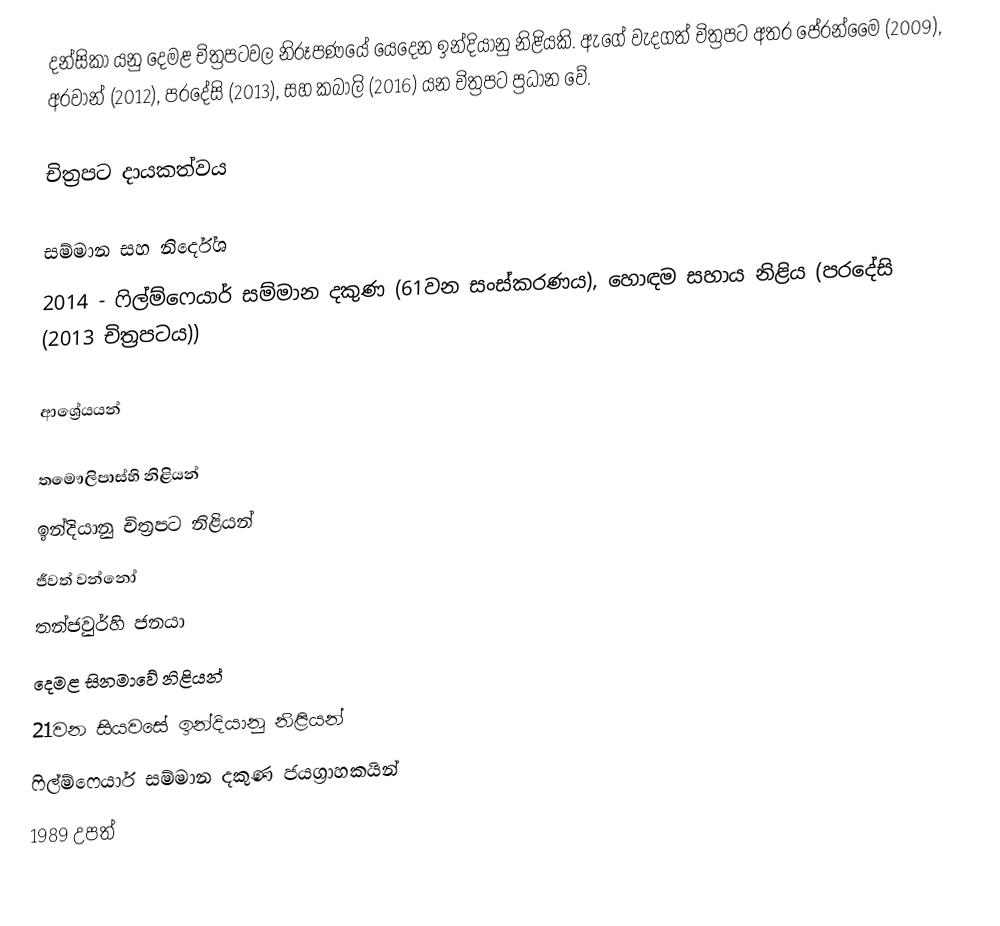
දන්සිකා යනු දෙමළ චිත්‍රපටවල නිරූපණයේ යෙදෙන ඉන්දියානු නිළියකි. ඇගේ වැදගත් චිත්‍රපට අතර පේරන්මෛ (2009), අරවාන් (2012), පරදේසි (2013), සහ කබාලි (2016) යන චිත්‍රපට ප්‍රධාන වේ.

චිත්‍රපට දායකත්වය

සම්මාන සහ නිර්දේශ
2014 - ෆිල්ම්ෆෙයාර් සම්මාන දකුණ (61වන සංස්කරණය), හොඳම සහාය නිළිය (පරදේසි (2013 චිත්‍රපටය))

ආශ්‍රේයයන්

තමෞලිපාස්හි නිළියන්
ඉන්දියානු චිත්‍රපට නිළියන්
ජීවත් වන්නෝ
තන්ජවුර්හි ජනයා
දෙමළ සිනමාවේ නිළියන්
21වන සියවසේ ඉන්දියානු නිළියන්
ෆිල්ම්ෆෙයාර් සම්මාන දකුණ ජයග්‍රාහකයින්
1989 උපත්